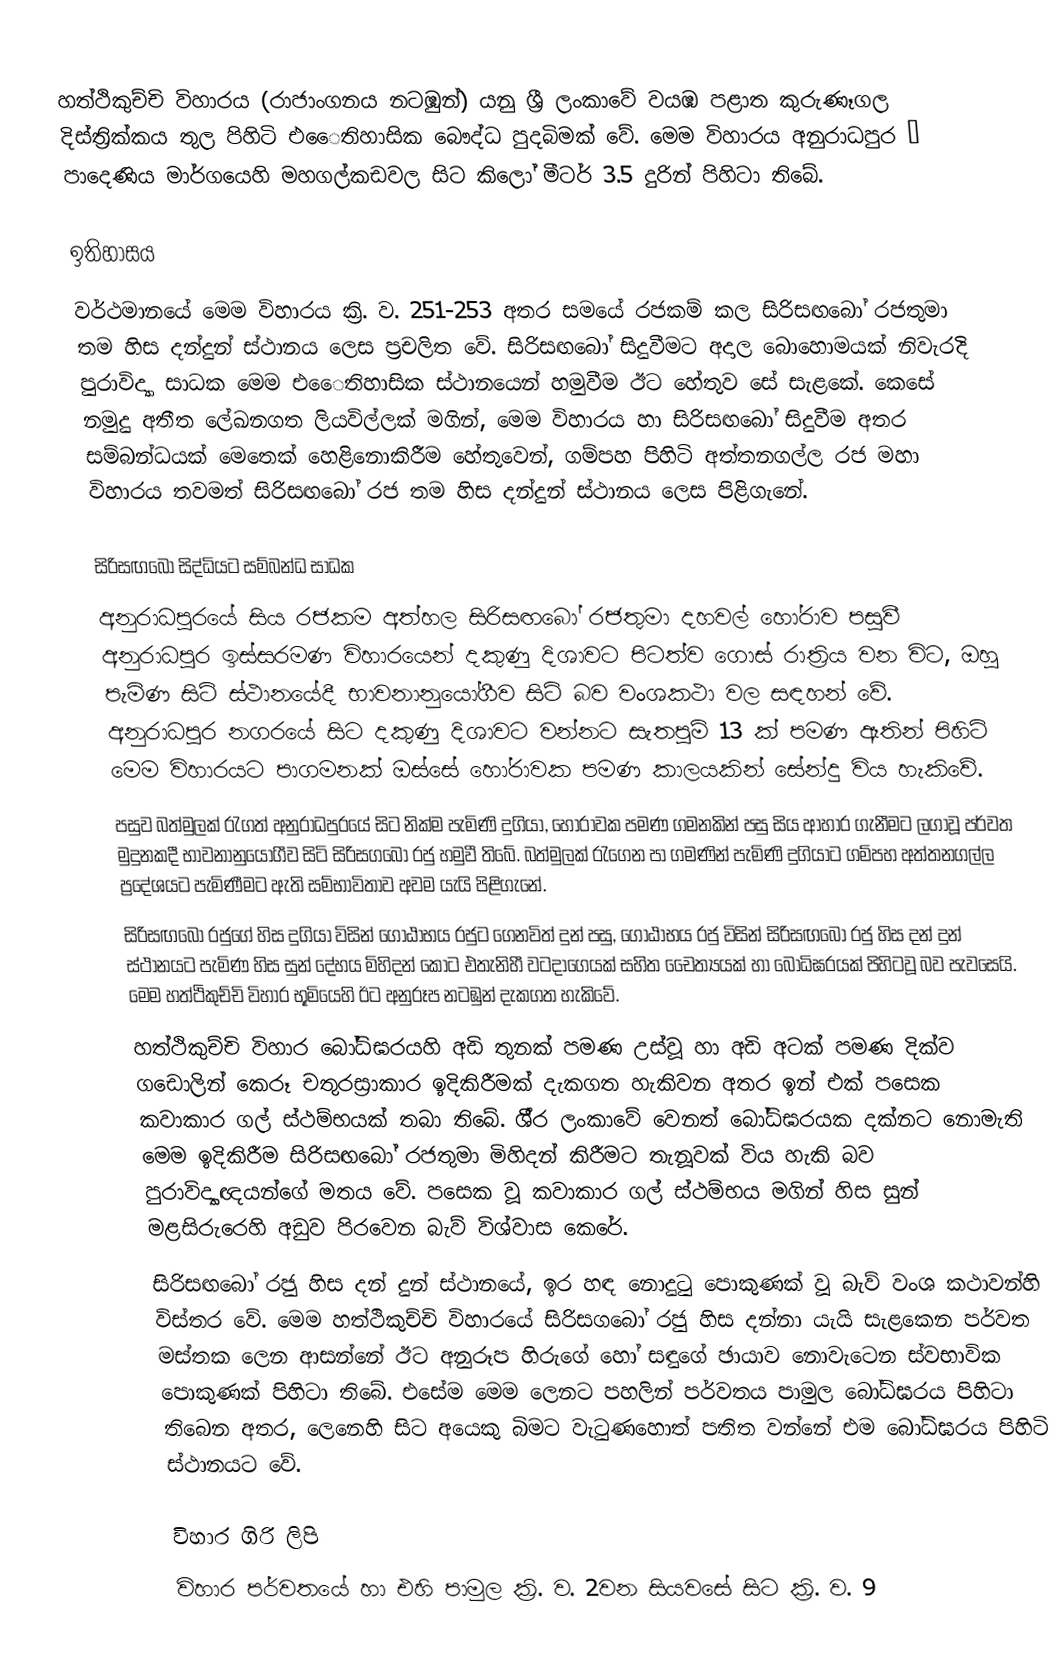
හත්ථිකුච්චි විහාරය (රාජාංගනය නටඹුන්) යනු ශ්‍රී ලංකාවේ වයඹ පළාත කුරුණෑගල දිස්ත්‍රික්කය තුල පිහිටි එෙෙතිහාසික බෞද්ධ පුදබිමක් වේ. මෙම විහාරය අනුරාධපුර – පාදෙණිය මාර්ගයෙහි මහගල්කඩවල සිට කිලෝ මීටර් 3.5 දුරින් පිහිටා තිබේ.

ඉතිහාසය
වර්ථමානයේ මෙම විහාරය ක්‍රි. ව. 251-253 අතර සමයේ රජකම් කල සිරිසඟබෝ රජතුමා තම හිස දන්දුන් ස්ථානය ලෙස ප්‍රචලිත වේ. සිරිසඟබෝ සිදුවීමට අදාල බොහොමයක් නිවැරදි පුරාවිද්‍යා සාධක මෙම එෙෙතිහාසික ස්ථානයෙන් හමුවීම ඊට හේතුව සේ සැළකේ. කෙසේ නමුදු අතීත ලේඛනගත ලියවිල්ලක් මගින්, මෙම විහාරය හා සිරිසඟබෝ සිදුවීම අතර සම්බන්ධයක් මෙතෙක් හෙළිනොකිරීම හේතුවෙන්, ගම්පහ පිහිටි අත්තනගල්ල රජ මහා විහාරය තවමත් සිරිසඟබෝ රජ තම හිස දන්දුන් ස්ථානය ලෙස පිළිගැනේ.

සිරිසඟබෝ සිද්ධියට සම්බන්ධ සාධක
අනුරාධපුරයේ සිය රජකම අත්හල සිරිසඟබෝ රජතුමා දහවල් හෝරාව පසුවී අනුරාධපුර ඉස්සරමණ විහාරයෙන් දකුණු දිශාවට පිටත්ව ගොස් රාත්‍රිය වන විට, ඔහු පැමිණ සිටි ස්ථානයේදී භාවනානුයෝගීව සිටි බව වංශකථා වල සඳහන් වේ. අනුරාධපුර නගරයේ සිට දකුණු දිශාවට වන්නට සැතපුම් 13 ක් පමණ ඈතින් පිහිටි මෙම විහාරයට පාගමනක් ඔස්සේ හෝරාවක පමණ කාලයකින් සේන්දු විය හැකිවේ.
පසුව බත්මුලක් රැගත් අනුරාධපුරයේ සිට නික්ම පැමිණි දුගියා, හෝරාවක පමණ ගමනකින් පසු සිය ආහාර ගැනීමට ලගාවූ පර්වත මුදුනකදී භාවනානුයෝගීව සිටි සිරිසගබෝ රජු හමුවී තිබේ. බත්මුලක් රැගෙන පා ගමණින් පැමිණි දුගියාට ගම්පහ අත්තනගල්ල ප්‍රදේශයට පැමිණීමට ඇති සම්භාවිතාව අවම යැයි පිළිගැනේ.
සිරිසඟබෝ රජුගේ හිස දුගියා විසින් ගෝඨාභය රජුට ගෙනවිත් දුන් පසු, ගෝඨාභය රජු විසින් සිරිසඟබෝ රජු හිස දන් දුන් ස්ථානයට පැමිණ හිස සුන් දේහය මිහිදන් කොට එතැනිහී වටදාගෙයක් සහිත චෛත්‍යයක් හා බෝධිඝරයක් පිහිටවූ බව පැවසෙයි. මෙම හත්ථිකුච්චි විහාර භූමියෙහි ඊට අනුරූප නටඹුන් දැකගත හැකිවේ.
හත්ථිකුච්චි විහාර බෝධිඝරයහි අඩි තුනක් පමණ උස්වූ හා අඩි අටක් පමණ දික්ව ගඩොලින් කෙරූ චතුරස්‍රාකාර ඉදිකිරීමක් දැකගත හැකිවන අතර ඉන් එක් පසෙක කවාකාර ගල් ස්ථම්භයක් තබා තිබේ. ශී‍්‍ර ලංකාවේ වෙනත් බෝධිඝරයක දක්නට නොමැති මෙම ඉදිකිරීම සිරිසඟබෝ රජතුමා මිහිදන් කිරීමට තැනූවක් විය හැකි බව පුරාවිද්‍යාඥයන්ගේ මතය වේ. පසෙක වූ කවාකාර ගල් ස්ථම්භය මගින් හිස සුන් මළසිරුරෙහි අඩුව පිරවෙන බැව් විශ්වාස කෙරේ.
සිරිසඟබෝ රජු හිස දන් දුන් ස්ථානයේ, ඉර හඳ නොදුටු පොකුණක් වූ බැව් වංශ කථාවන්හි විස්තර වේ. මෙම හත්ථිකුච්චි විහාරයේ සිරිසගබෝ රජු හිස දන්නා යැයි සැළකෙන පර්වත මස්තක ලෙන ආසන්නේ ඊට අනුරූප හිරුගේ හෝ සඳුගේ ඡායාව නොවැටෙන ස්වභාවික පොකුණක් පිහිටා තිබේ. එසේම මෙම ලෙනට පහලින් පර්වතය පාමුල බෝධිඝරය පිහිටා තිබෙන අතර, ලෙනෙහි සිට අයෙකු බිමට වැටුණහොත් පතිත වන්නේ එම බෝධිඝරය පිහිටි ස්ථානයට වේ.

විහාර ගිරි ලිපි
විහාර පර්වතයේ හා එහි පාමුල ක්‍රි. ව. 2වන සියවසේ සිට ක්‍රි. ව. 9